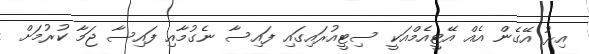
އިރު އޭގެން އެއް އޭޓީއެމްއަކީ ސިޓީއުރައިގައި ފައިސާ ނެގުމާއި ފައިސާ ޖަމާ ކުރުމަށް